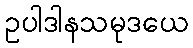
ဥပါဒါနသမုဒယေ